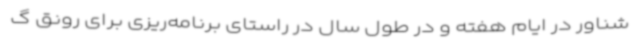
شناور در ایام هفته و در طول سال در راستای برنامه‌ریزی برای رونق گ